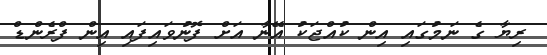
ރިޔާ ގެ ނަމުގައި އިން ކުއްޖަކު އޭނާ އަށް ފޮނުވައިފައި އިން ފްރެންޑް